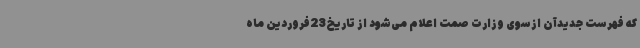
که فهرست جدیدآن ازسوی وزارت صمت اعلام می‌شود از تاریخ23فروردین ماه